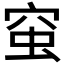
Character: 𧉴